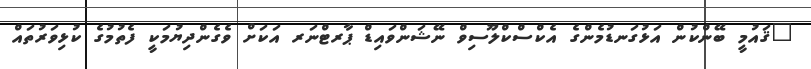
"ޤައުމީ ބޭންކުން އަޅުގަނޑުމެންގެ އެކްސްކްލޫސިވް ނޭޝަންވައިޑް ޕާރޓްނަރ އަކަށް ވެގެންދިޔުމަކީ ފެތުމުގެ ކުޅިވަރުތައް